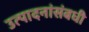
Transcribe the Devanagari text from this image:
उत्पादनांसंबधी